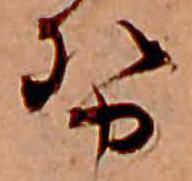
勢